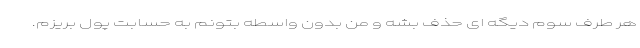
هر طرف سوم دیگه ای حذف بشه و من بدون واسطه بتونم به حسابت پول بریزم.